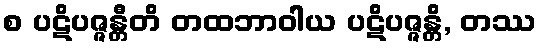
စ ပဋိပဇ္ဇန္တီတိ တထဘာဝါယ ပဋိပဇ္ဇန္တိ, တဿ